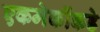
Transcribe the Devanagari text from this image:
एकमेकींकडे